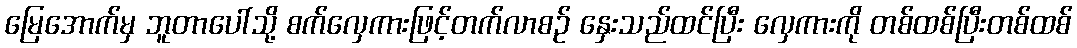
မြေအောက်မှ ဘူတာပေါ်သို့ စက်လှေကားဖြင့်တက်လာစဉ် နှေးသည်ထင်ပြီး လှေကားကို တစ်ထစ်ပြီးတစ်ထစ်